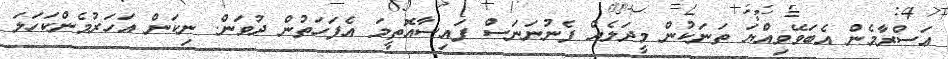
ޢަސްރާމެން އެބަވޭވިއްޔަ ތަނަކުން މީދަލެއް ފެނުނަނަސް ފައިސާއޮތީމަ އެފަހަތުން ދުވަން. ނިކަން އަހަރުމެންކަހަލަ